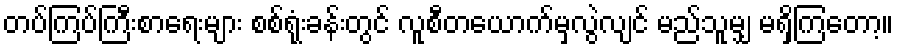
တပ်ကြပ်ကြီးစာရေးများ စစ်ရုံးခန်းတွင် လူစီတယောက်မှလွဲလျင် မည်သူမျှ မရှိကြတော့။